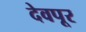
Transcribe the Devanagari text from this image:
देवपूर